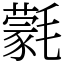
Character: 氋